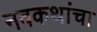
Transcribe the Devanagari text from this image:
नवकथांचा